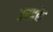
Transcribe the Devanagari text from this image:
तरहके